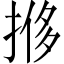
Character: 𫽎